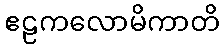
ဧဠကလောမိကာတိ